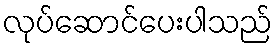
လုပ်ဆောင်ပေးပါသည်